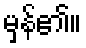
မှန်၏။